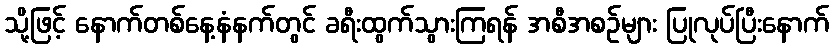
သို့ဖြင့် နောက်တစ်နေ့နံနက်တွင် ခရီးထွက်သွားကြရန် အစီအစဉ်များ ပြုလုပ်ပြီးနောက်